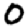
Digit: 0